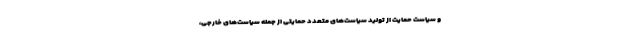
و سیاست حمایت از تولید سیاست‌های متعدد حمایتی از جمله سیاست‌های خارجی،